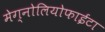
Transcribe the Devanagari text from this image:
मेग्नोलियोफाईटा